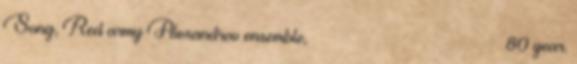
Song, Red army Alexandrov ensemble, Ансамбль Александрова 80 year.